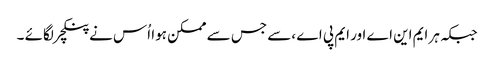
جبکہ ہر ایم این اے اور ایم پی اے ،سے جس سے ممکن ہوا اُس نے پنکچر لگائے ۔